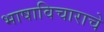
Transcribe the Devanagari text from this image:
भाषाविचाराचे